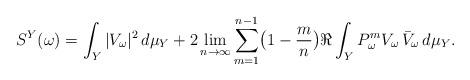
LaTeX: \begin{align*}S^Y(\omega)=\int_Y|V_{\omega}|^2\,d\mu_Y+ 2\lim_{n\to\infty}\sum_{m=1}^{n-1}\bigl(1-\frac{m}{n}\bigr)\Re\int_Y P_\omega^mV_{\omega}\,\bar V_{\omega}\,d\mu_Y.\end{align*}